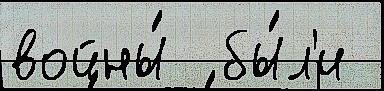
войны́  бы́л'и